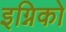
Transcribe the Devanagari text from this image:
इग्निको